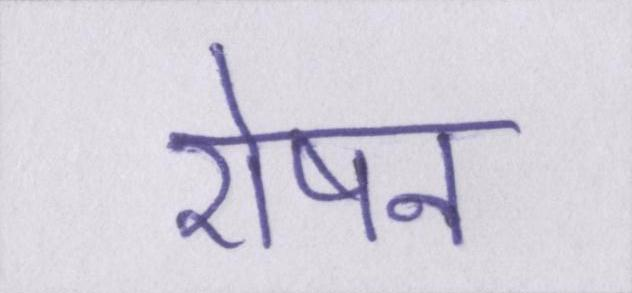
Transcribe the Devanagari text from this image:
रोषन